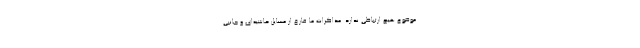
موضوع هیچ ارتباطی ندارد. مذاکرات ما فارغ از مسایل حاشیه‌ای و جانبی